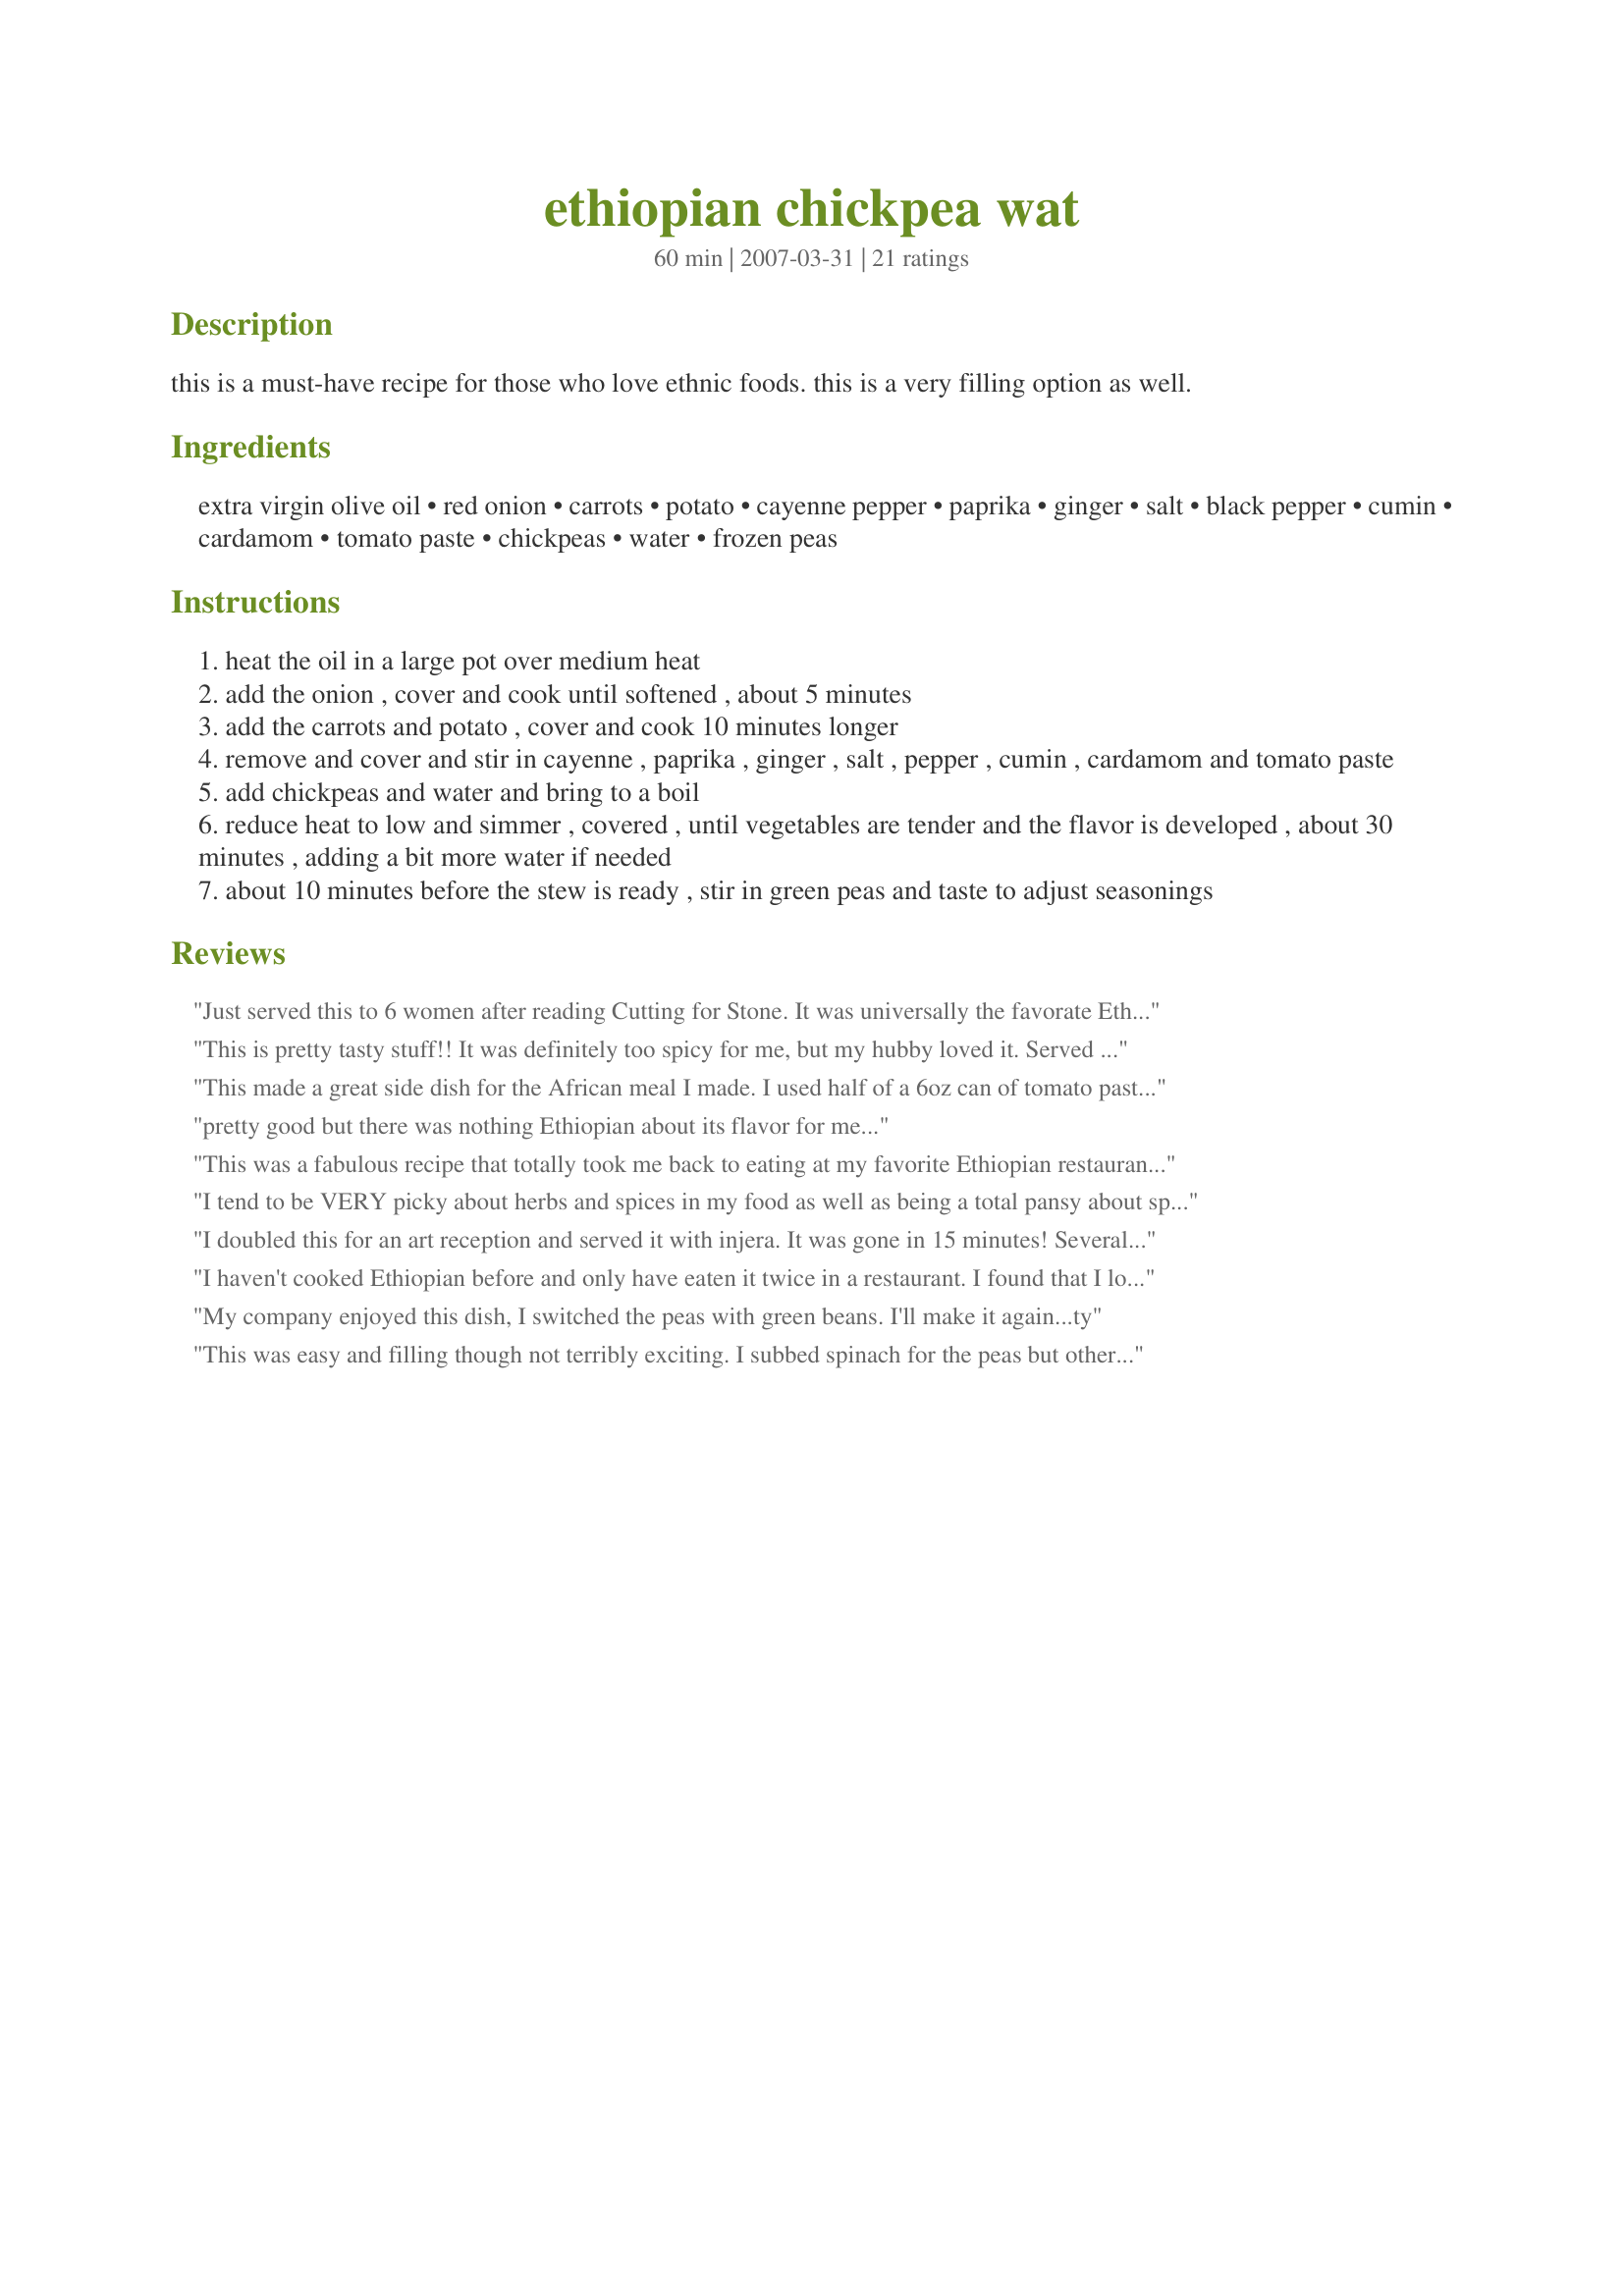
ethiopian chickpea wat
Preparation time: 60 minutes

this is a must-have recipe for those who love ethnic foods. this is a very filling option as well.

Ingredients:
extra virgin olive oil, red onion, carrots, potato, cayenne pepper, paprika, ginger, salt, black pepper, cumin, cardamom, tomato paste, chickpeas, water, frozen peas

Steps:
heat the oil in a large pot over medium heat
add the onion , cover and cook until softened , about 5 minutes
add the carrots and potato , cover and cook 10 minutes longer
remove and cover and stir in cayenne , paprika , ginger , salt , pepper , cumin , cardamom and tomato paste
add chickpeas and water and bring to a boil
reduce heat to low and simmer , covered , until vegetables are tender and the flavor is developed , about 30 minutes , adding a bit more water if needed
about 10 minutes before the stew is ready , stir in green peas and taste to adjust seasonings

Reviews:
Just served this to 6 women after reading Cutting for Stone. It was universally the favorate Ethiopian recipe of the three. thanks
This is pretty tasty stuff!! It was definitely too spicy for me, but my hubby loved it. Served it with an injeta recipe from here. Thanks so much for sharing! Will make again. Oh, I didn't use any oil~~just sauteed in water, which really makes this a healthy dish!! :O) UPDATE: Made this again tonight with cauliflower instead of carrots~~Still yummy! Cut back on the cayenne and I was able to eat it this time! :O)
This made a great side dish for the African meal I made. I used half of a 6oz can of tomato paste instead of one tablespoon, and it was just right. I could definitely eat this as a vegetarian meal on top of rice or couscous - it's that good. It is, however, very different from the chickpea wat I've had at Ethiopian restaurants. It's more of an Americanized take on the dish, but that's ok with me as it still has some great exotic flavors. Thanks for sharing.
pretty good but there was nothing Ethiopian about its flavor for me...
This was a fabulous recipe that totally took me back to eating at my favorite Ethiopian restaurant in Tempe, AZ (Blue Nile for those keeping score at home. Cafe Lalibela is pretty good, but BN is better).

I added a little more tomato paste than this recipe called for: about a quarter cup for a double batch, that basically doubled the tomato paste because I liked it more "tomato-ey", but that's a personal preference. The simmered veggies smell oh so good when you put in those spices.

Anybody who is remotely comfortable in the kitchen will have no trouble making this. It's simple to make and next to impossible to screw up so it lends itself to experimentation. Like it a little hotter? More cayenne. Love the fragrant bouquet and exotic flavor? More cardamom. It's a great recipe for getting out of a cooking rut.
I tend to be VERY picky about herbs and spices in my food as well as being a total pansy about spicy food, so I was a little worried I'd make it and then end up not liking it--but I loved it! I did modify the recipe based on what I had available and what I like, although I left all the spices the same, so I did take quite a few liberties with the recipe. I didn't have red onion so I substituted leek, and I'm not a big fan of carrots so I used green bell pepper instead. I'd read some of the reviews that suggested using 3 tbls tomato paste instead of just the 1, so I did that too. I didn't have peas, so I shelled edamame and used that instead. Lastly, when I put in the edamame I also put in a little extra salt and stirred in about 1 cup of cooked quinoa. I had some locally made tortillas so I put the wat in those, sprinkled on some parmesan, and then rolled them up and had them like African burritos...! They were great--all the different spices gives it a unique, complex flavor, and while there was a little kick to it in terms of spiciness, it was subtle enough that it didn't bother me--which is rare when there's something spicy like cayenne that's been thrown in. I'm so excited to have leftovers tomorrow!
I doubled this for an art reception and served it with injera. It was gone in 15 minutes! Several people couldn't believe something so hearty and flavorful had no meat in it. One guy kept insisting I put meat broth in it to give the wat it's richness. I'll be passing this recipe around and making it often!
I haven't cooked Ethiopian before and only have eaten it twice in a restaurant. I found that I loved Ethiopian food. So this could just be a newbie taster here. This, however, didn't seem to taste like the restaurants' wats. All I tasted was cayenne, unfortunately.
My company enjoyed this dish, I switched the peas with green beans. I'll make it again...ty
This was easy and filling though not terribly exciting. I subbed spinach for the peas but otherwise made as written. I would likely include this in a vegetarian buffet or as part of a larger meal for vegetarian friends - however we are unlikely to make this again as part of the usual rotation. I suspect this will taste better tomorrow.
This was very delicious and very close to authentic. I have been to Ethiopia and have learned to cook their food and this Breezee is absolutely wonderful and a great dish for somebody new to African cuisine!! Kudos to you!
Fabulous! I made this an served over couscous (my first injera attempt missed the mark). Followed the recipe to the letter, using my dutch oven. Nice heat, wonderful appearance, flavor, and aroma! We ate on the porch, and our neighbors practically invited themselves to dinner after smelling my wat! Thanks for a keeper!
I really enjoyed this simple and versatile dish, TRUE!&lt;br/&gt;Was the first time I had Ethiopian Wat and based on the results, I will be trying more Ethiopian dishes too! Thank you!
Very nice! I didn't have frozen peas, so left them out. Outstanding recipe. I added a bit too much cayenne for my liking, but the rest of the family really enjoyed this!
This was quite delicious. I, too, used 3 tbls tomato paste and veg broth. Also, I didn't have ground cardamom so 5 cardamom pods did the trick.
Delicious!

Got even better after letting it refrigerate and reheating it. The only thing is that it made only 4 large servings, and that was over rice (which I know isn't the right way to eat it, but I still have to learn how to make that spongy Ethiopian bread).

Thanks for posting - I'll definitely make it many more times.
again a beautiful recipe!!!
This was delicious! I made it for my coworkers, in our quest to try vegetarian meals. Everyone loved it!! And it was easy to make. As others have suggested, I halved the red pepper - it still provides 'heat' but not overpowering spice. And I increased the spices of salt and pepper to 1 tbsp. Also, I took everyone's suggestion and used 3 tbsp of tomato paste. I will make this again!
Great dish! Nice spices, easy to make, had everything pretty much on hand. I did use matchstick carrots, 2 cups chicken broth (instead of water) and 2 tbs tomato paste. I was surprised how filling this was (though we ate it all between 3 of us).
This was simple to prepare, but I felt something was missing from the seasoning. It was quite spicy (which is a good thing), but almost all the taste came from the cayenne pepper. I followed the directions exactly except that I didn't peel the potato. Thanks for the recipe, breezee.
YUMMY!!!! This was so good and so what I was looking for! I love Ethiopion food and I loved everything about this recipe; the spices, the texture, the ease of making it. It was great. I made this with Injeera (recipe 184017). THANKS SO MUCH FOR POSTING!
